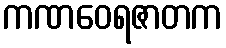
ကဏဝေရဇာတက